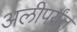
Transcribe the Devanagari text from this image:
अलीपर्यंत